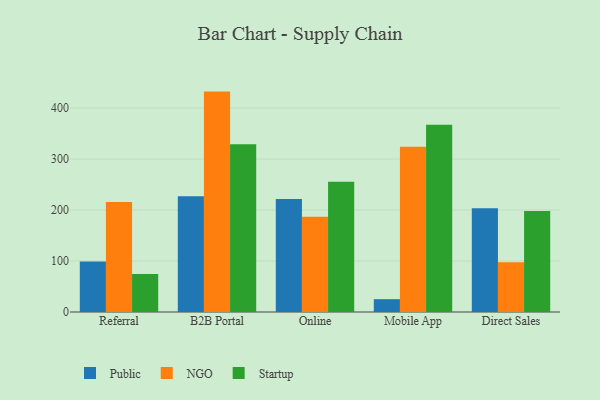
{"axis": {"x": "Channel", "y": "Operating Costs (USD K)"}, "legend": ["NGO", "Public", "Startup"], "data": [{"x": "Referral", "y": 99.1, "type": "Public"}, {"x": "Referral", "y": 215.9, "type": "NGO"}, {"x": "Referral", "y": 74.4, "type": "Startup"}, {"x": "B2B Portal", "y": 227.2, "type": "Public"}, {"x": "B2B Portal", "y": 432.2, "type": "NGO"}, {"x": "B2B Portal", "y": 329.1, "type": "Startup"}, {"x": "Online", "y": 221.6, "type": "Public"}, {"x": "Online", "y": 186.8, "type": "NGO"}, {"x": "Online", "y": 255.3, "type": "Startup"}, {"x": "Mobile App", "y": 25.1, "type": "Public"}, {"x": "Mobile App", "y": 324.2, "type": "NGO"}, {"x": "Mobile App", "y": 367.0, "type": "Startup"}, {"x": "Direct Sales", "y": 203.4, "type": "Public"}, {"x": "Direct Sales", "y": 97.5, "type": "NGO"}, {"x": "Direct Sales", "y": 198.0, "type": "Startup"}]}